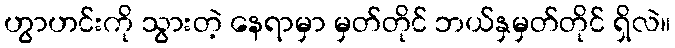
ဟွာဟင်းကို သွားတဲ့ နေရာမှာ မှတ်တိုင် ဘယ်နှမှတ်တိုင် ရှိလဲ။